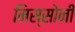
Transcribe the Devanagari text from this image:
मिस्सोनी